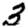
Digit: 3